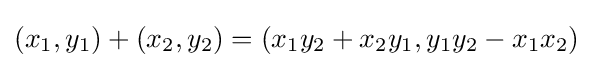
{\displaystyle }(x_{1},y_{1})+(x_{2},y_{2})=(x_{1}y_{2}+x_{2}y_{1},y_{1}y_{2}-x_{1}x_{2})